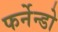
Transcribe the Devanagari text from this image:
फर्नेन्डो